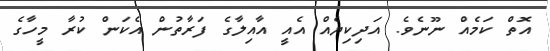
އޮތް ކަމެއް ނޫނެވެ. އަދިކިޔެއް އެއީ އާއިލާގެ ފަރާތުން އެކަން ކުރާ މީހާގެ